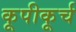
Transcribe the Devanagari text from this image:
कूपीकूर्च